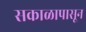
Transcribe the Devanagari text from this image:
सकाळापासून